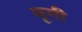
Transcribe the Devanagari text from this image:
मूगी